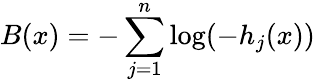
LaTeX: B(x)=-\sum_{j=1}^{n}\log(-h_{j}(x))